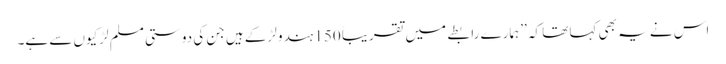
اس نے یہ بھی کہا تھا کہ ’’ہمارے رابطے میں تقریباً 150 ہندو لڑکے ہیں جن کی دوستی مسلم لڑکیوں سے ہے۔